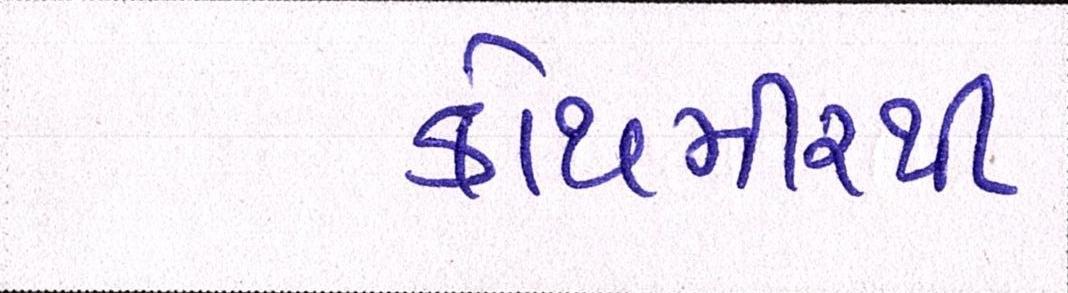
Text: કોથમીરથી